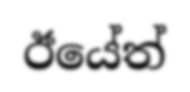
ඊයේත්